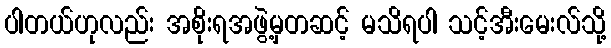
ပါတယ်ဟုလည်း အစိုးရအဖွဲ့မှတဆင့် မသိရပါ သင့်အီးမေးလ်သို့